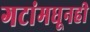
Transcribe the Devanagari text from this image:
गटांमधूनही